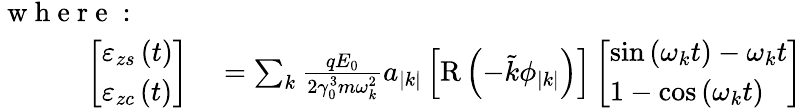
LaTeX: \begin{array}{rl}{\mathrm{~w~h~e~r~e~:~~~}~~~~}&{{}}\\ {\left[\begin{array}{l}{\varepsilon_{zs}\left(t\right)}\\ {\varepsilon_{zc}\left(t\right)}\end{array}\right]}&{{}=\sum_{k}\frac{qE_{0}}{2\gamma_{0}^{3}m\omega_{k}^{2}}a_{\left|k\right|}\left[\mathrm{R}\left(-\tilde{k}\phi_{\left|k\right|}\right)\right]\left[\begin{array}{l}{\sin\left(\omega_{k}t\right)-\omega_{k}t}\\ {1-\cos\left(\omega_{k}t\right)}\end{array}\right]}\end{array}